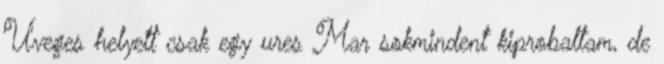
'U'veges helyett csak egy ures Mar sokmindent kiprobaltam, de